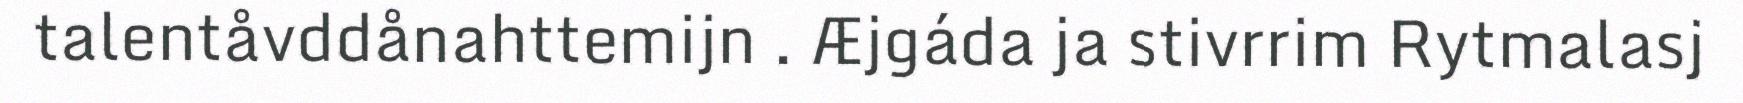
talentåvddånahttemijn . Æjgáda ja stivrrim Rytmalasj